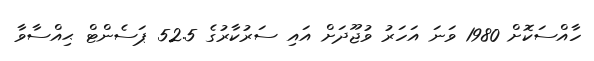
ހާއްސަކޮށް 1980 ވަނަ އަހަރު ވުޖޫދަށް އައި ސަރުކާރުގެ 52.5 ޕަސެންޓް ޙިއްސާވާ